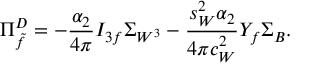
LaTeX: \Pi _ { \tilde { f } } ^ { D } = - \frac { \alpha _ { 2 } } { 4 \pi } I _ { 3 f } \Sigma _ { W ^ { 3 } } - \frac { s _ { W } ^ { 2 } \alpha _ { 2 } } { 4 \pi c _ { W } ^ { 2 } } Y _ { f } \Sigma _ { B } .